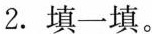
2. 填一填。